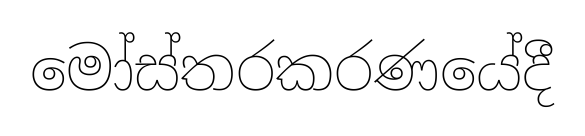
මෝස්තරකරණයේදී